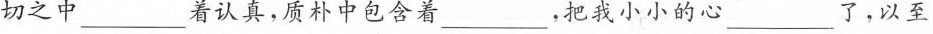
切之中______着认真，质朴中包含着____，把我小小的心__了，以至